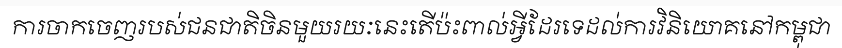
ការចាកចេញរបស់ជនជាតិចិនមួយរយៈនេះតើប៉ះពាល់អ្វីដែរទេដល់ការវិនិយោគនៅកម្ពុជា